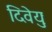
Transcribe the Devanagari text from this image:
दिवेयुः